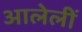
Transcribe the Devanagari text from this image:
आलेलीं